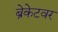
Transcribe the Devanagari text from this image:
ब्रेकेटवर